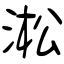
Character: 淞